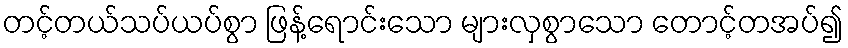
တင့်တယ်သပ်ယပ်စွာ ဖြန့်ရောင်းသော များလှစွာသော တောင့်တအပ်၍